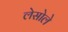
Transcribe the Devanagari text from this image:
लेसोले